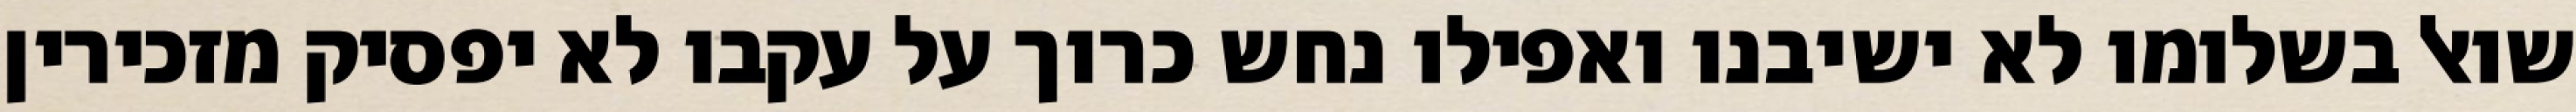
שואל בשלומו לא ישיבנו ואפילו נחש כרוך על עקבו לא יפסיק מזכירין